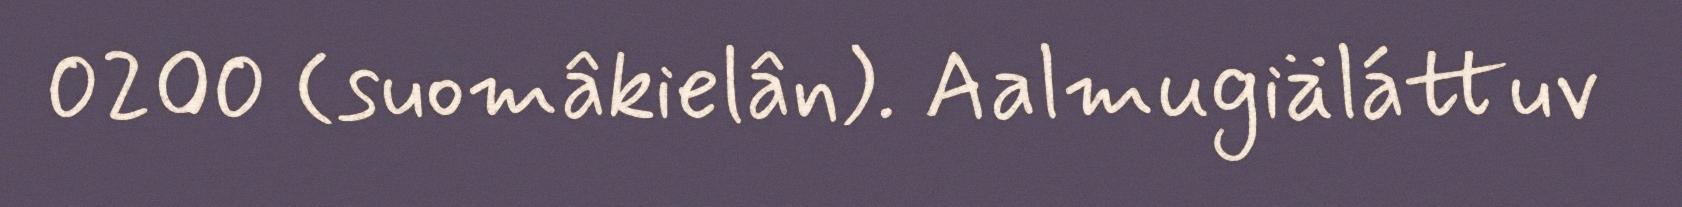
0200 (suomâkielân). Aalmugiäláttuv